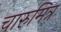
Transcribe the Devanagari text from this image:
चारुमित्र